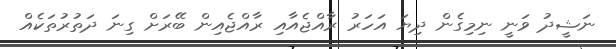
ނަޝީދު ވަނީ ނިމިގެން ދިޔަ އަހަރު ރާއްޖެއާއި ރާއްޖެއިން ބޭރަށް ގިނަ ދަތުރުތަކެއް